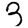
Digit: 3